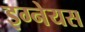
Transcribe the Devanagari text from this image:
इग्नेयस